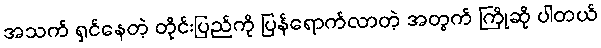
အသက် ရှင်နေတဲ့ တိုင်းပြည်ကို ပြန်ရောက်လာတဲ့ အတွက် ကြိုဆို ပါတယ်